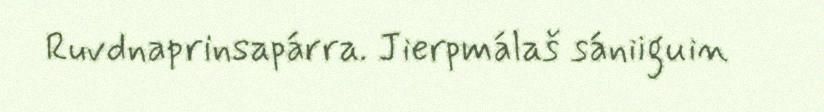
Ruvdnaprinsapárra. Jierpmálaš sániiguin